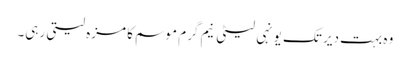
وہ بہت دیر تک یونہی لیٹی نیم گرم موسم کا مزہ لیتی رہی۔